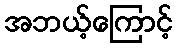
အဘယ့်ကြောင့်